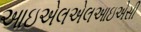
આઇએલએલઆઇએસી